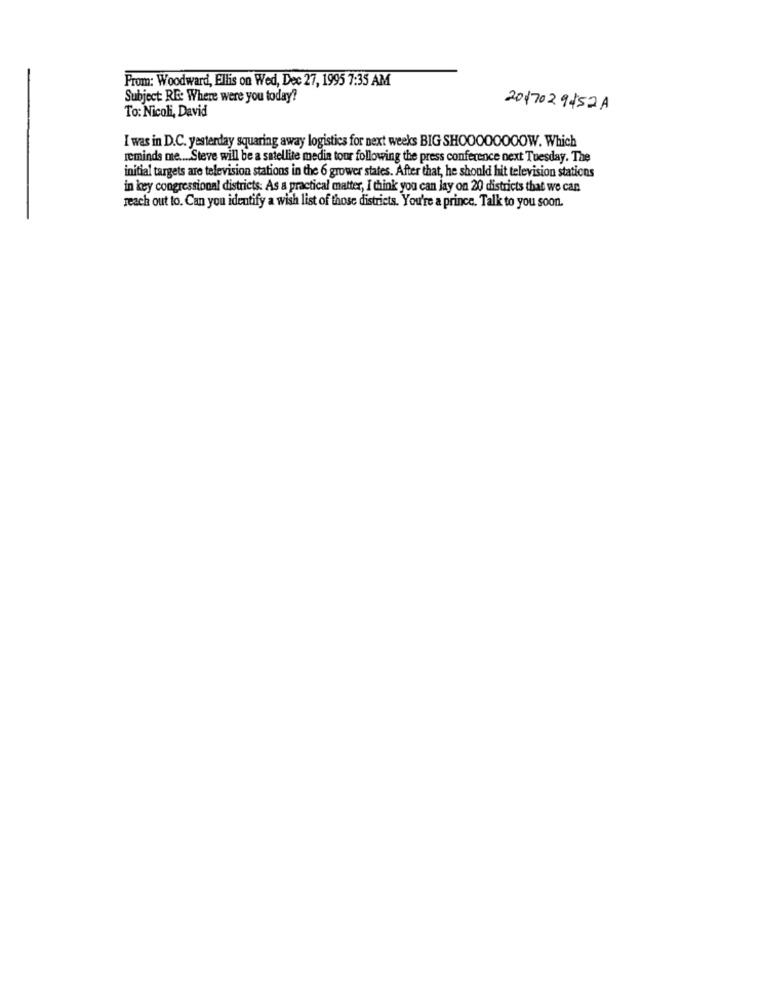
From: Woodward, Ellis on Wed, Dec 27, 1995 7:35 AM
Subject: RE: Where were you today?
To: Nicoli, David
2017029452A
I was in D.C. yesterday squaring away logistics for next weeks BIG SHOOOOOOOOW. Which
reminds me .... Steve will be a satellite media tour following the press conference next Tuesday. The
initial targets are television stations in the 6 grower states. After that, he should hit television stations
in key congressional districts: As a practical matter, I think you can jay on 20 districts that we can
reach out to. Can you identify a wish list of those districts. You're a prince. Talk to you soon.